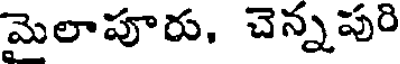
మెలాపూరు, చెన్నపురి